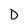
Character: D